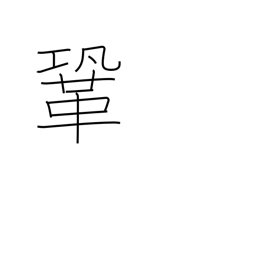
Meaning: firm